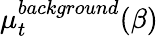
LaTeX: \mu_{t}^{background}(\beta)